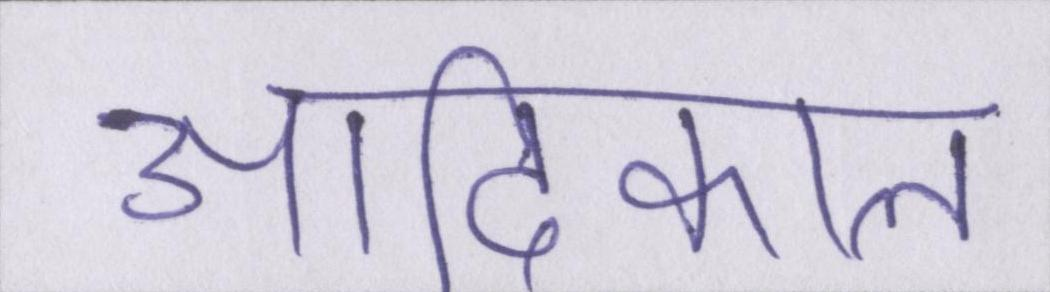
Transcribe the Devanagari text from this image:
आदिकाल